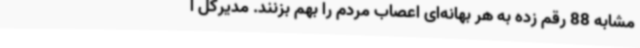
مشابه 88 رقم زده به هر بهانه‌ای اعصاب مردم را بهم بزنند. مدیرکل ا